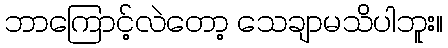
ဘာကြောင့်လဲတော့ သေချာမသိပါဘူး။